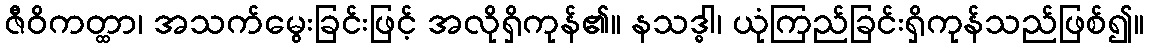
ဇီဝိကတ္ထာ၊ အသက်မွေးခြင်းဖြင့် အလိုရှိကုန်၏။ နသဒ္ဓါ၊ ယုံကြည်ခြင်းရှိကုန်သည်ဖြစ်၍။